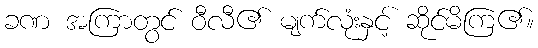
ခဏ အကြာတွင် ဝီလီ၏ မျက်လုံးနှင့် ဆိုင်မိကြ၏။